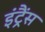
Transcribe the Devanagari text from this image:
इंट्रैंस